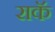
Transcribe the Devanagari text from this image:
राकॅ